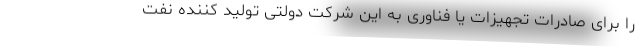
را برای صادرات تجهیزات یا فناوری به این شرکت دولتی تولید کننده نفت